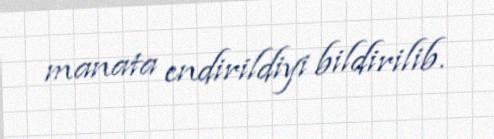
manata endirildiyi bildirilib.